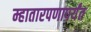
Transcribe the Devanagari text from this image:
म्हातारपणापर्यंत